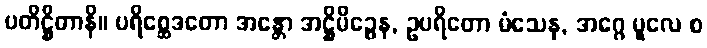
ပတိဋ္ဌိတာနိ။ ပရိစ္ဆေဒတော အန္တော အဋ္ဌိမိဉ္ဇေန, ဥပရိတော မံသေန, အဂ္ဂေ မူလေ စ